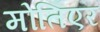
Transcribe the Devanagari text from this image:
मोतिएर